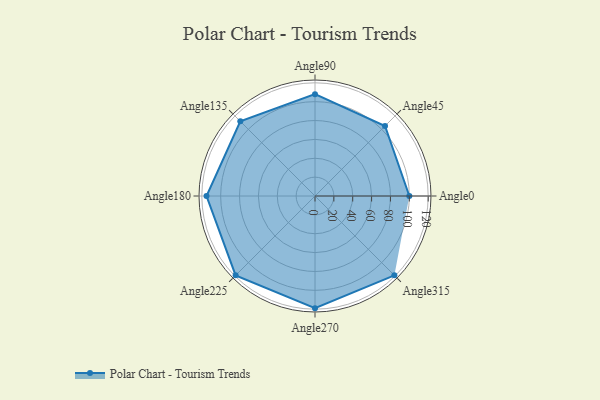
{"axis": {"x": "Angle", "y": "Radius"}, "legend": [""], "data": [{"x": "Angle0", "y": 100.0, "type": ""}, {"x": "Angle45", "y": 105.0, "type": ""}, {"x": "Angle90", "y": 108.0, "type": ""}, {"x": "Angle135", "y": 112.0, "type": ""}, {"x": "Angle180", "y": 115.0, "type": ""}, {"x": "Angle225", "y": 119.0, "type": ""}, {"x": "Angle270", "y": 119.0, "type": ""}, {"x": "Angle315", "y": 119.0, "type": ""}]}